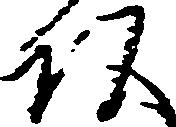
頭